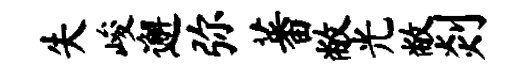
失峻邂弥蕃敝光敝剡